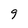
Character: 9